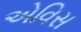
એવિસ